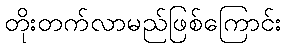
တိုးတက်လာမည်ဖြစ်ကြောင်း